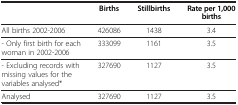
<table><thead><tr><td><b> </b></td><td><b>Births</b></td><td><b>Stillbirths</b></td><td><b>Rate per 1,000 births</b></td></tr></thead><tbody><tr><td>All births 2002-2006</td><td>426086</td><td>1438</td><td>3.4</td></tr><tr><td>- Only first birth for each woman in 2002-2006</td><td>333099</td><td>1161</td><td>3.5</td></tr><tr><td>- Excluding records with missing values for the variables analysed*</td><td>327690</td><td>1127</td><td>3.5</td></tr><tr><td>Analysed</td><td>327690</td><td>1127</td><td>3.5</td></tr></tbody></table>